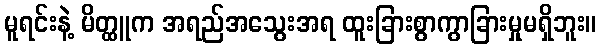
မူရင်းနဲ့ မိတ္ထူက အရည်အသွေးအရ ထူးခြားစွာကွာခြားမှုမရှိဘူး။